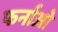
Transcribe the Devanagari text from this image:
फर्नाओ